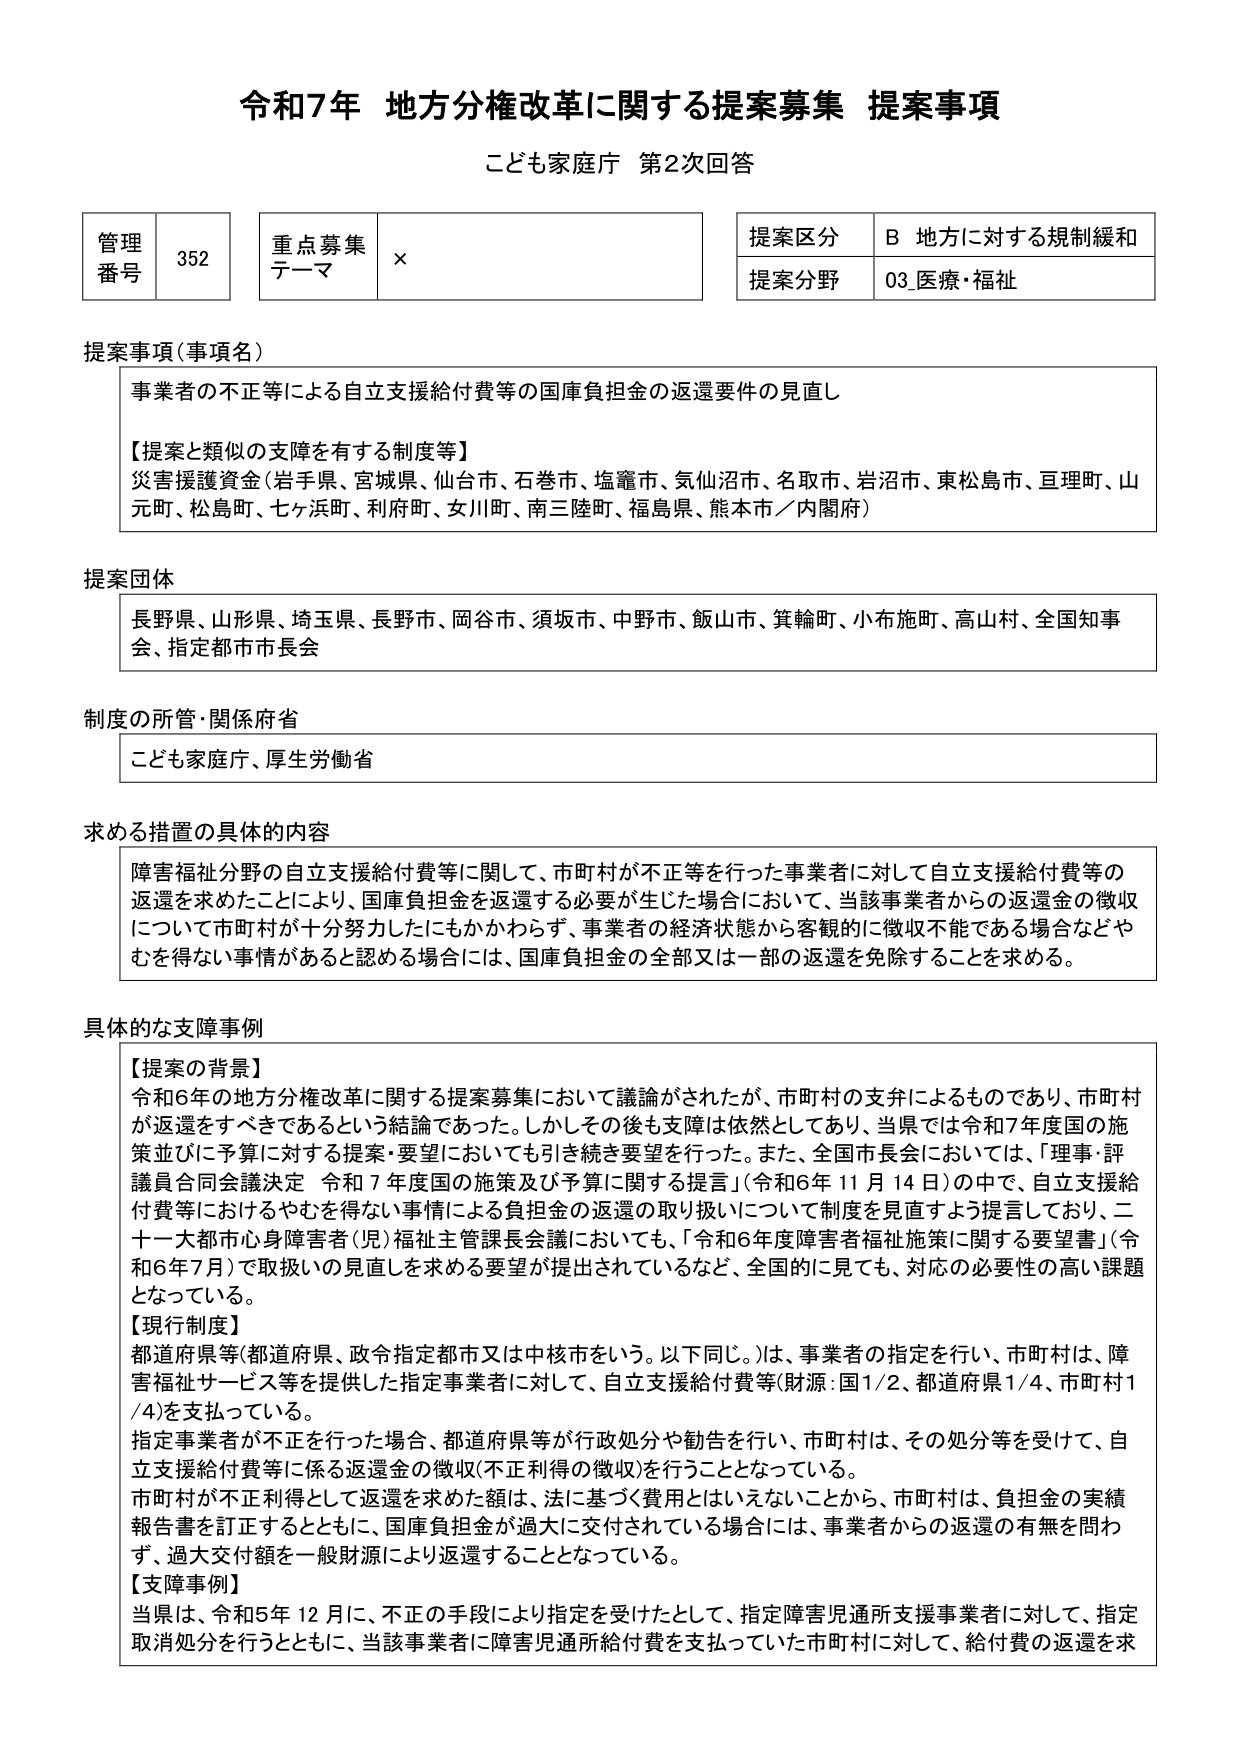
令和7年 地方分権改革に関する提案募集 提案事項
こども家庭庁 第2次回答

管理番号 352
重点募集テーマ ×
提案区分 B 地方に対する規制緩和
提案分野 03_医療・福祉

提案事項（事項名）
事業者の不正等による自立支援給付費等の国庫負担金の返還要件の見直し

【提案と類似の支援を有する制度等】
災害援護資金（岩手県、宮城県、仙台市、石巻市、塩竈市、気仙沼市、名取市、岩沼市、東松島市、亘理町、山元町、松島町、七ヶ浜町、利府町、女川町、南三陸町、福島県、熊本市／内閣府）

提案団体
長野県、山形県、埼玉県、長野市、岡谷市、須坂市、中野市、飯山市、箕輪町、小布施町、高山村、全国知事会、指定都市市長会

制度の所管・関係府省
こども家庭庁、厚生労働省

求める措置の具体的内容
障害福祉分野の自立支援給付費等に関して、市町村が不正等を行った事業者に対して自立支援給付費等の返還を求めたことにより、国庫負担金を返還する必要が生じた場合において、当該事業者からの返還金の徴収について市町村が十分努力したにもかかわらず、事業者の経済状態から客観的に徴収不能である場合などやむを得ない事情があると認める場合には、国庫負担金の全部又は一部の返還を免除することを求める。

具体的な支援事例
【提案の背景】
令和6年の地方分権改革に関する提案募集において議論がされたが、市町村の支弁によるものであり、市町村が返還をすべきであるという結論であった。しかしその後も支障は依然としてあり、当県では令和7年度国の施策並びに予算に対する提案・要望においても引き続き要望を行った。また、全国市長会においては、「理事・評議員合同会議決定 令和7年度国の施策及び予算に関する提言」（令和6年11月14日）の中で、自立支援給付費等におけるやむを得ない事情による負担金の返還の取り扱いについて制度を見直すよう提言しており、二十一大都市心身障害者（児）福祉主管課長会議においても、「令和6年度障害者福祉施策に関する要望書」（令和6年7月）で取扱いの見直しを求める要望が提出されているなど、全国的に見ても、対応の必要性の高い課題となっている。

【現行制度】
都道府県等（都道府県、政令指定都市又は中核市をいう。以下同じ。）は、事業者の指定を行い、市町村は、障害福祉サービス等を提供した指定事業者に対して、自立支援給付費等（財源：国1/2、都道府県1/4、市町村1/4）を支払っている。
指定事業者が不正を行った場合、都道府県等が行政処分や勧告を行い、市町村は、その処分等を受けて、自立支援給付費等に係る返還金の徴収（不正利得の徴収）を行うこととなっている。
市町村が不正利得として返還を求めた額は、法に基づく費用とはいえないことから、市町村は、負担金の実績報告書を訂正するとともに、国庫負担金が過大に交付されている場合には、事業者からの返還の有無を問わず、過大交付額を一般財源により返還することとなっている。

【支援事例】
当県は、令和5年12月に、不正の手段により指定を受けたとして、指定障害児通所支援事業者に対して、指定取消処分を行うとともに、当該事業者に障害児通所給付費を支払っていた市町村に対して、給付費の返還を求